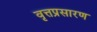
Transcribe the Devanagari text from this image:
वृत्तप्रसारण